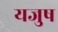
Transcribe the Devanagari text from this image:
यजुष